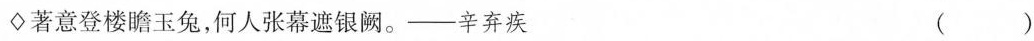
\diamondsuit著意登楼瞻玉兔，何人张幕遮银阙。——辛弃疾 ()